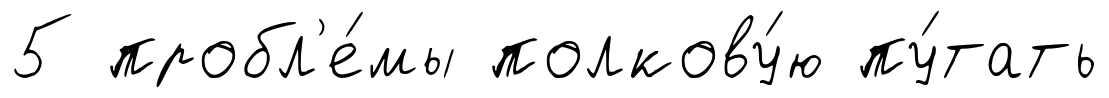
5 пробл'е́мы полкову́ю пу́тать